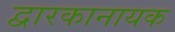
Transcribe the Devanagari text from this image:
द्वारकानायक